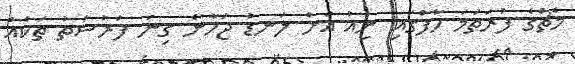
މެޗްގެ ފުރަތަމަ ހާފްގައި ނިއު އަށް ލަނޑު ޖަހާނެ ގިނަ ފުރުސަތު ތަކެއް